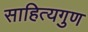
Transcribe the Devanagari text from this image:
साहित्यगुण